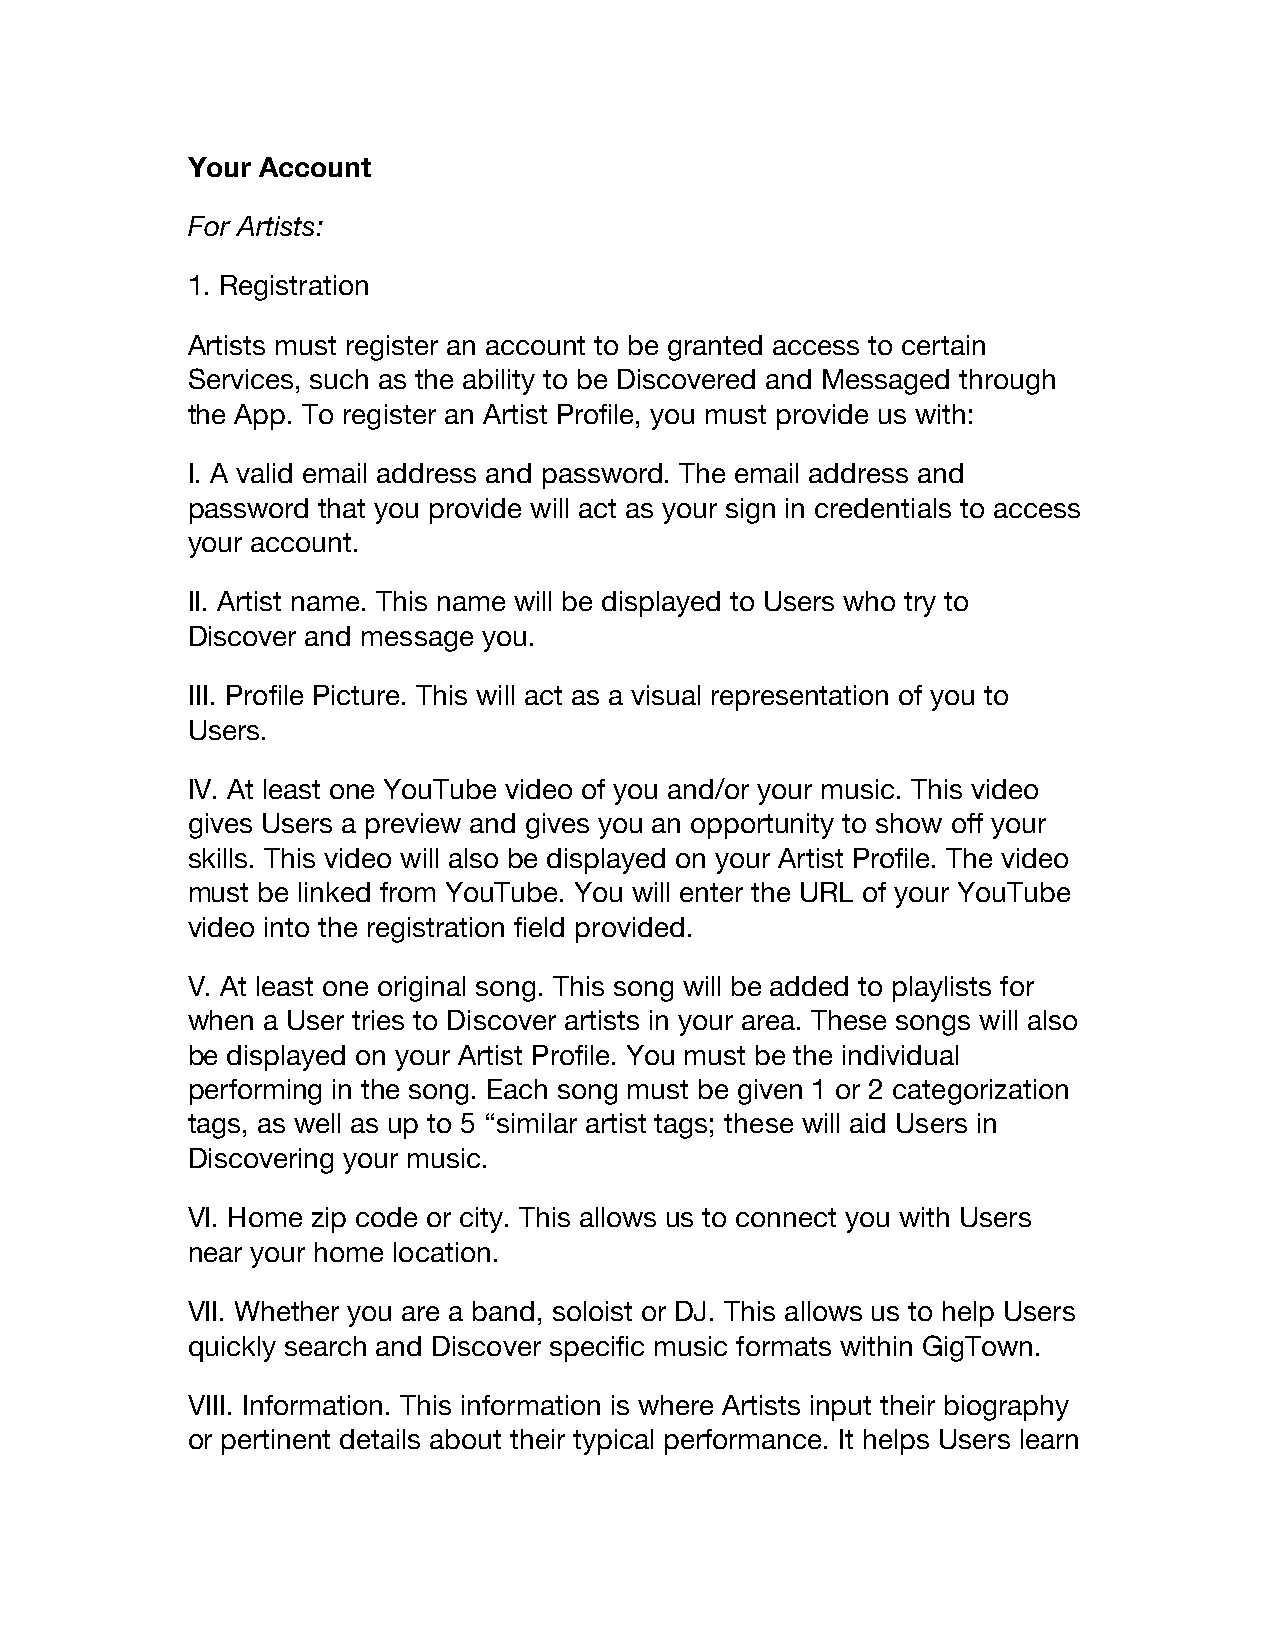
Your Account
 For Artists:
 1. Registration
 Artists must register an account to be granted access to certain
 Services, such as the ability to be Discovered and Messaged through
 the App. To register an Artist Profile, you must provide us with:
 I. A valid email address and password. The email address and
 password that you provide will act as your sign in credentials to access
 your account.
 II. Artist name. This name will be displayed to Users who try to
 Discover and message you.
 III. Profile Picture. This will act as a visual representation of you to
 Users.
 IV. At least one YouTube video of you and/or your music. This video
 gives Users a preview and gives you an opportunity to show off your
 skills. This video will also be displayed on your Artist Profile. The video
 must be linked from YouTube. You will enter the URL of your YouTube
 video into the registration field provided.
 V. At least one original song. This song will be added to playlists for
 when a User tries to Discover artists in your area. These songs will also
 be displayed on your Artist Profile. You must be the individual
 performing in the song. Each song must be given 1 or 2 categorization
 tags, as well as up to 5 “similar artist tags; these will aid Users in
 Discovering your music.
 VI. Home zip code or city. This allows us to connect you with Users
 near your home location.
 VII. Whether you are a band, soloist or DJ. This allows us to help Users
 quickly search and Discover specific music formats within GigTown.
 VIII. Information. This information is where Artists input their biography
 or pertinent details about their typical performance. It helps Users learn